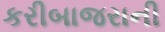
કરીબાજરાની